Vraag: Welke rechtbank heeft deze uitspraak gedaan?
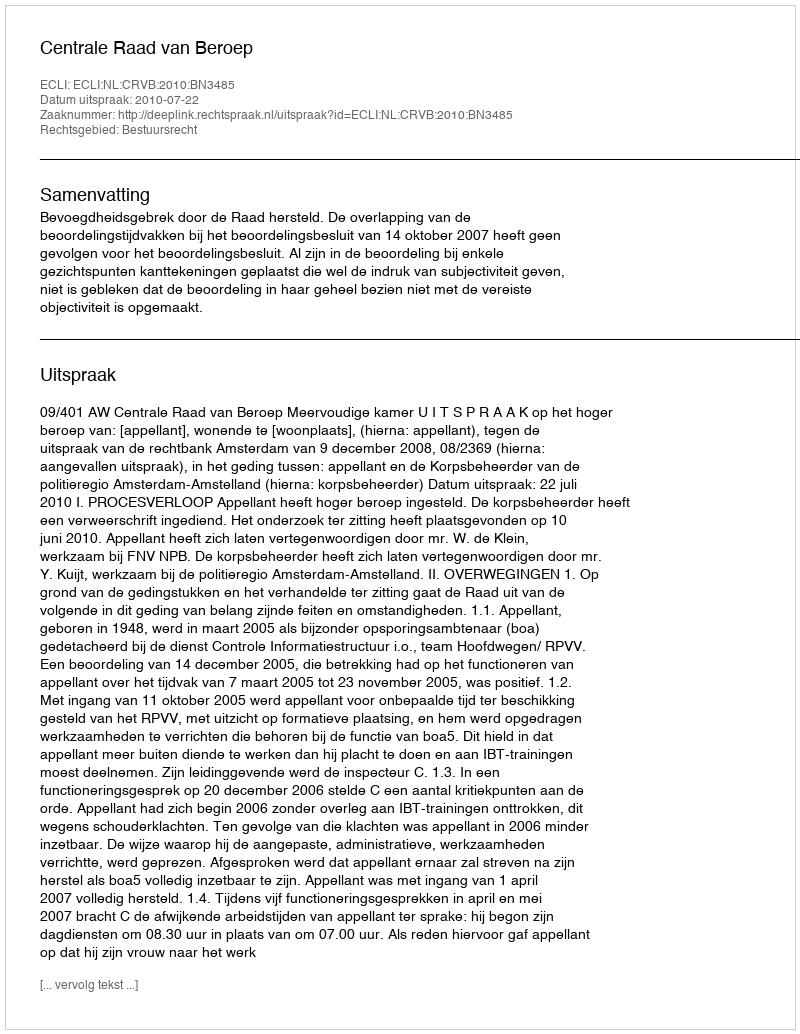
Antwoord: Centrale Raad van Beroep